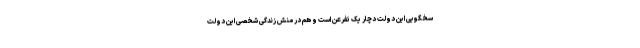
سخگویی این دولت دچار یک تفرعن است و هم در منش زندگی شخصی این دولت